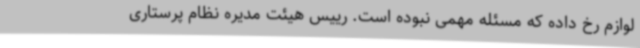
لوازم رخ داده که مسئله مهمی نبوده ‌است. رییس هیئت مدیره نظام پرستاری